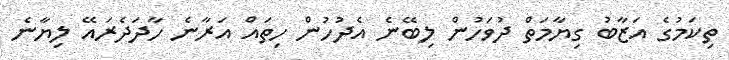
ތިކަމުގެ އަޒާބު ގިޔާމަތް ދުވަހުން ލިބޭނެ އެދުހުން ހިތައް އަރާނެ ހާދަދެރައޭ ލިޔާނެ